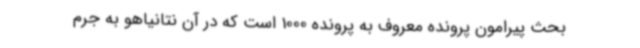
بحث پیرامون پرونده معروف به پرونده 1000 است که در آن نتانیاهو به جرم